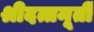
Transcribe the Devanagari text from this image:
श्रीदत्तमूर्ती